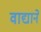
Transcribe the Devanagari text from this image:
वाद्याने